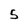
Character: 5